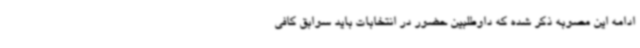
ادامه این مصوبه ذکر شده که داوطلبین حضور در انتخابات باید سوابق کافی